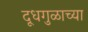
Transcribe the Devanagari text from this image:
दूधगुळाच्या